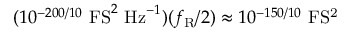
( 1 0 ^ { - 2 0 0 / 1 0 } ~ \mathrm { F S } ^ { 2 } ~ \mathrm { H z } ^ { - 1 } ) ( f _ { \mathrm { R } } / 2 ) \approx 1 0 ^ { - 1 5 0 / 1 0 } ~ \mathrm { F S ^ { 2 } }